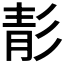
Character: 𩇕